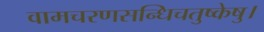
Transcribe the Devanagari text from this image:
वामचरणसन्धिचतुष्केषु।